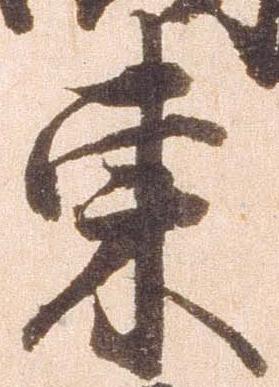
東